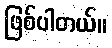
ဖြစ်ပါတယ်။